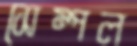
সেম্পল